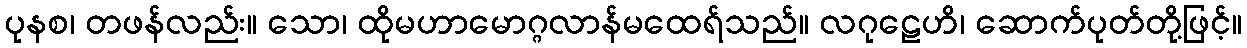
ပုနစ၊ တဖန်လည်း။ သော၊ ထိုမဟာမောဂ္ဂလာန်မထေရ်သည်။ လဂုဠေဟိ၊ ဆောက်ပုတ်တို့ဖြင့်။